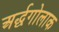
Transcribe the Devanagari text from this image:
अर्द्धगोलाक